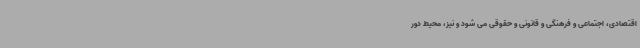
اقتصادی، اجتماعی و فرهنگی و قانونی و حقوقی می شود و نیز، محیط دور